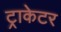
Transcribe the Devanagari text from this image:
ट्राकेटर